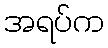
အရပ်က